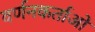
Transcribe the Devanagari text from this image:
वर्णनकर्ताओं